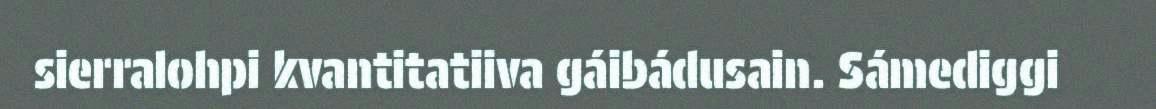
sierralohpi kvantitatiiva gáibádusain. Sámediggi